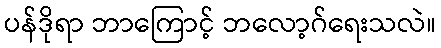
ပန်ဒိုရာ ဘာကြောင့် ဘလော့ဂ်ရေးသလဲ။